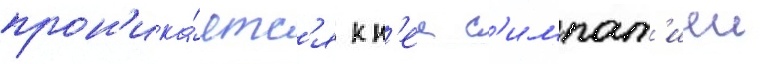
прон'ика́етс'я к н'еи с'импат'иеи